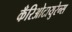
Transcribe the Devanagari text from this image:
कँरिओटायुरेन्स